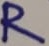
Text: R